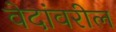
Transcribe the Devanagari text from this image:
वेदांवरील